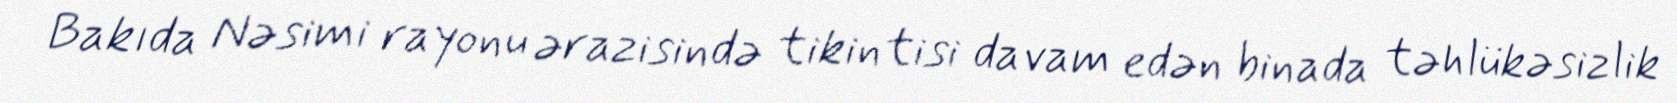
Bakıda Nəsimi rayonu ərazisində tikintisi davam edən binada təhlükəsizlik